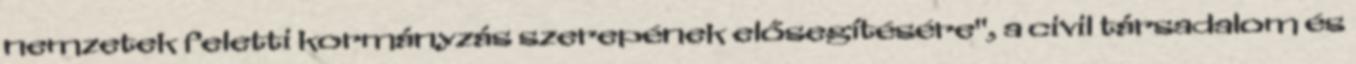
nemzetek feletti kormányzás szerepének elősegítésére", a civil társadalom és